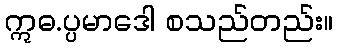
ဣဓ.ပ္ပမာဒေါ စသည်တည်း။